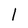
Character: l